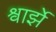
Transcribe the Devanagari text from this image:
श्वार्झे